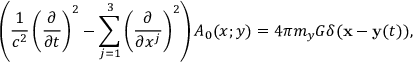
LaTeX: \left( \frac { 1 } { c ^ { 2 } } \left( \frac { \partial } { \partial t } \right) ^ { 2 } - \sum _ { j = 1 } ^ { 3 } \left( \frac { \partial } { \partial x ^ { j } } \right) ^ { 2 } \right) A _ { 0 } ( x ; y ) = 4 \pi m _ { y } G \delta ( { \bf x } - { \bf y } ( t ) ) ,